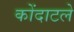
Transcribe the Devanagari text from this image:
कोंदाटले